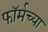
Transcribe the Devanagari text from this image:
फॉर्मच्या